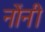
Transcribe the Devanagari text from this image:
नोंनी